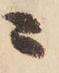
ニ